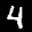
Label: 4